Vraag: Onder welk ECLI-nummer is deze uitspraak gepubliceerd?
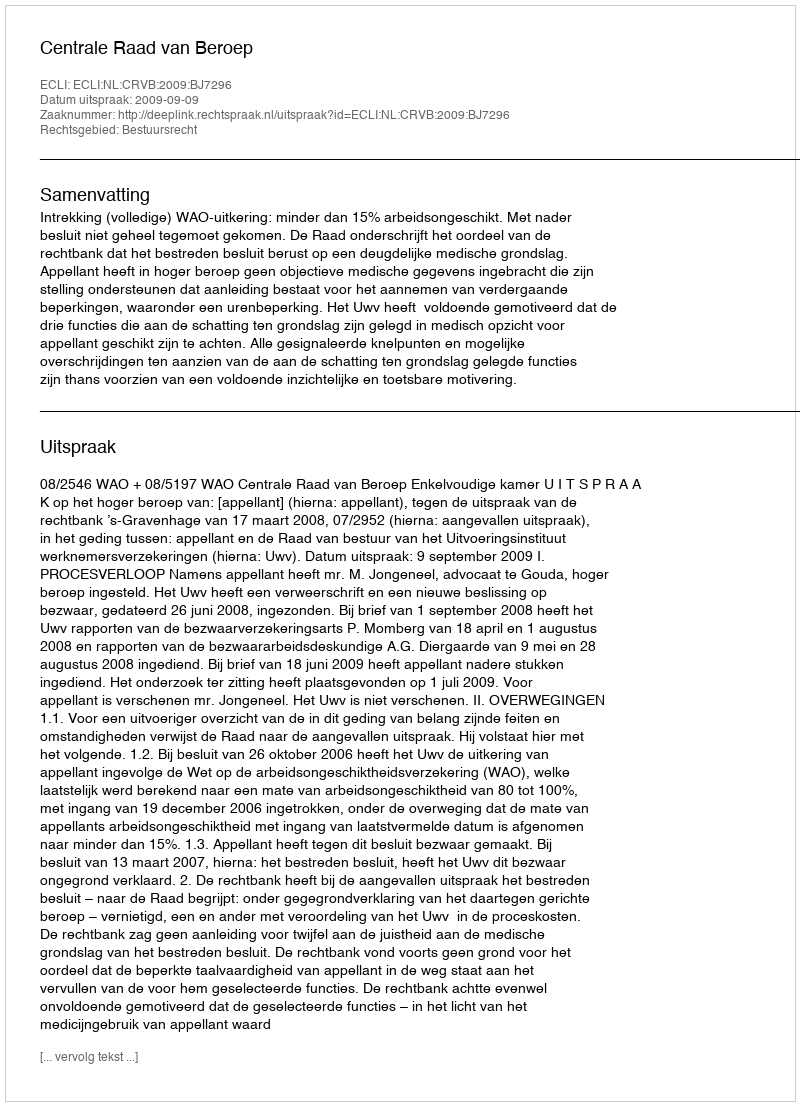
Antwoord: ECLI:NL:CRVB:2009:BJ7296